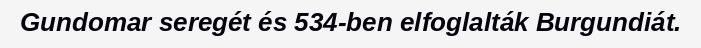
Gundomar seregét és 534-ben elfoglalták Burgundiát.